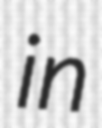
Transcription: in